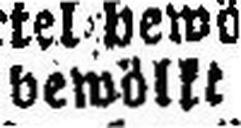
bewöllt